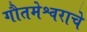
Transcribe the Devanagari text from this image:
गौतमेश्वराचे